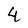
Character: 4